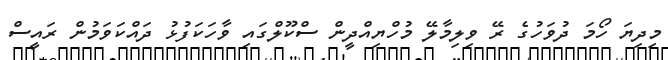
މިދިޔަ ހޯމަ ދުވަހުގެ ރޭ ވިލިމާލޭ މުހްޔިއްދީން ސްކޫލްގައި ވާހަކަފުޅު ދައްކަވަމުން ރައީސް